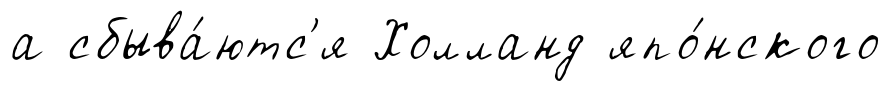
а сбыва́ютс'я Холланд япо́нского